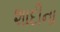
શાદીના